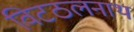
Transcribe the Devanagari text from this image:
विटठलनाथ